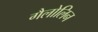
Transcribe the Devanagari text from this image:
गैलोलिन